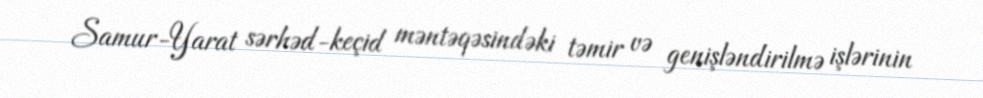
Samur-Yarat sərhəd-keçid məntəqəsindəki təmir və genişləndirilmə işlərinin